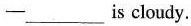
—___is cloudy.